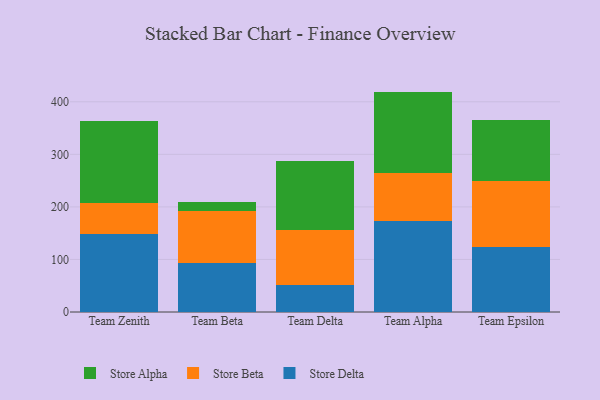
{"axis": {"x": "Team", "y": "Website Visitors"}, "legend": ["Store Alpha", "Store Beta", "Store Delta"], "data": [{"x": "Team Zenith", "y": 149.3, "type": "Store Delta"}, {"x": "Team Zenith", "y": 58.4, "type": "Store Beta"}, {"x": "Team Zenith", "y": 156.0, "type": "Store Alpha"}, {"x": "Team Beta", "y": 93.1, "type": "Store Delta"}, {"x": "Team Beta", "y": 98.6, "type": "Store Beta"}, {"x": "Team Beta", "y": 17.6, "type": "Store Alpha"}, {"x": "Team Delta", "y": 52.2, "type": "Store Delta"}, {"x": "Team Delta", "y": 104.4, "type": "Store Beta"}, {"x": "Team Delta", "y": 131.5, "type": "Store Alpha"}, {"x": "Team Alpha", "y": 172.9, "type": "Store Delta"}, {"x": "Team Alpha", "y": 92.0, "type": "Store Beta"}, {"x": "Team Alpha", "y": 154.5, "type": "Store Alpha"}, {"x": "Team Epsilon", "y": 123.6, "type": "Store Delta"}, {"x": "Team Epsilon", "y": 125.7, "type": "Store Beta"}, {"x": "Team Epsilon", "y": 116.1, "type": "Store Alpha"}]}